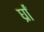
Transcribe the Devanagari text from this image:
र्घ्रां